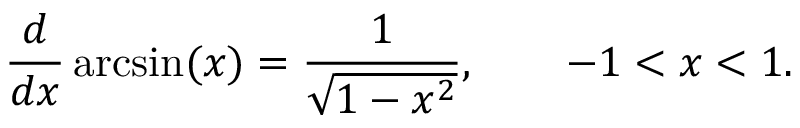
{ \frac { d } { d x } } \arcsin ( x ) = { \frac { 1 } { \sqrt { 1 - x ^ { 2 } } } } , \qquad - 1 < x < 1 .